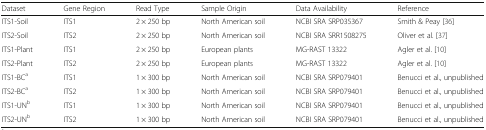
| Dataset | Gene Region | Read Type | Sample Origin | Data Availability | Reference |
 | --- | --- | --- | --- | --- | --- |
 | ITS1-Soil | ITS1 | 2 × 250 bp | North American soil | NCBI SRA SRP035367 | Smith & Peay [36] |
 | ITS2-Soil | ITS2 | 2 × 250 bp | North American soil | NCBI SRA SRR1508275 | Oliver et al. [37] |
 | ITS1-Plant | ITS1 | 2 × 250 bp | European plants | MG-RAST 13322 | Agler et al. [10] |
 | ITS2-Plant | ITS2 | 2 × 250 bp | European plants | MG-RAST 13322 | Agler et al. [10] |
 | ITS1-BCa | ITS1 | 1 × 300 bp | North American soil | NCBI SRA SRP079401 | Benucci et al., unpublished |
 | ITS2-BCa | ITS2 | 1 × 300 bp | North American soil | NCBI SRA SRP079401 | Benucci et al., unpublished |
 | ITS1-UNb | ITS1 | 1 × 300 bp | North American soil | NCBI SRA SRP079401 | Benucci et al., unpublished |
 | ITS2-UNb | ITS2 | 1 × 300 bp | North American soil | NCBI SRA SRP079401 | Benucci et al., unpublished |